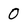
Character: 0